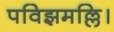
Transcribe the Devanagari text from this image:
पविझमल्लि।